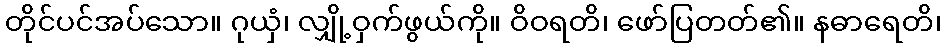
တိုင်ပင်အပ်သော။ ဂုယှံ၊ လျှို့ဝှက်ဖွယ်ကို။ ဝိဝရတိ၊ ဖော်ပြတတ်၏။ နဓာရေတိ၊